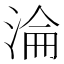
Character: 淪